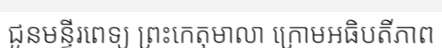
ជូនមន្ទីរពេទ្យ ព្រះកេតុមាលា ក្រោមអធិបតីភាព